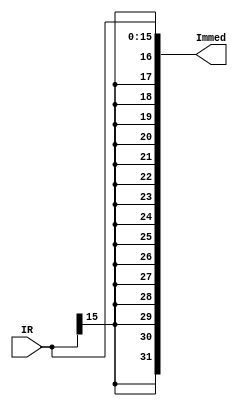

module SignExtend(
input [15:0]IR, 
output [31:0]Immed
);

wire sign;
assign Immed[15:0]=IR[15:0];

assign sign=IR[15];
//assign Immed[15]=sign;
assign Immed[16]=sign;
assign Immed[17]=sign;
assign Immed[18]=sign;
assign Immed[19]=sign;
assign Immed[20]=sign;
assign Immed[21]=sign;
assign Immed[22]=sign;
assign Immed[23]=sign;
assign Immed[24]=sign;
assign Immed[25]=sign;
assign Immed[26]=sign;
assign Immed[27]=sign;
assign Immed[28]=sign;
assign Immed[29]=sign;
assign Immed[30]=sign;
assign Immed[31]=sign;

//assign Immed={{16{IR[15]}},IR};

endmodule